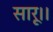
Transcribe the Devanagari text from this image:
सारू।।